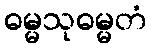
ဓမ္မသုဓမ္မတံ